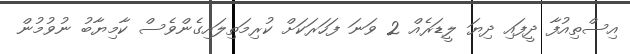
އިސްތިއުފާ ދީފައި ދިޔަ ލީޑަރެއް 2 ވަނަ ފަހަރަކަށް ކުރިމަތިލައިގެންވެސް ކާމިޔާބު ނުވުމުން